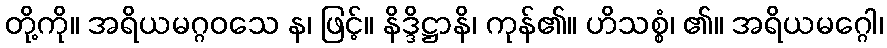
တို့ကို။ အရိယမဂ္ဂဝသေ န၊ ဖြင့်။ နိဒ္ဒိဋ္ဌာနိ၊ ကုန်၏။ ဟိသစ္စံ၊ ၏။ အရိယမဂ္ဂေါ၊